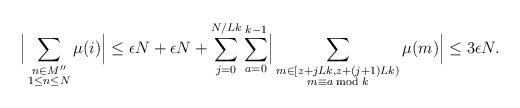
LaTeX: \begin{align*}\Bigr\lvert\sum_{\substack{n\in M''\\ 1\leq n\leq N}} \mu(i)\Bigr\rvert\leq \epsilon N+\epsilon N+\sum_{j=0}^{N/Lk}\sum_{a=0}^{k-1}\Bigr\lvert \sum_{\substack{m\in[z+jLk,z+(j+1)Lk)\\m\equiv a \bmod{k}}}\mu(m) \Bigr\rvert\leq 3 \epsilon N.\end{align*}